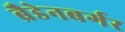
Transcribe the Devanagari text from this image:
ब्रैडेनबर्गर